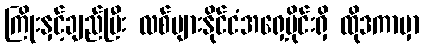
ကြိုးနှင့်ချည်ပြီး လစ်ဗျားနိုင်ငံအရှေ့ပိုင်းရှိ ထိုဒကာမှာ